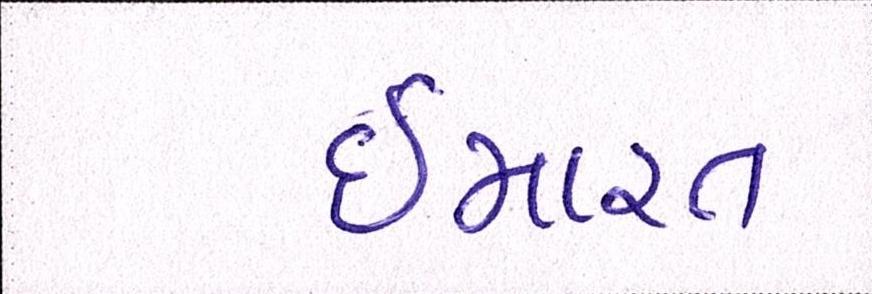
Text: ઈમારત